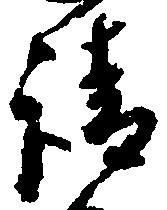
請